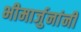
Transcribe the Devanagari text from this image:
भीमार्जुनांनी